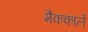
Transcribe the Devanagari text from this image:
मैककार्ले